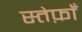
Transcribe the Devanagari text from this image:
स्तेफ़ाँ